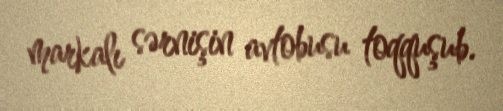
markalı sərnişin avtobusu toqquşub.